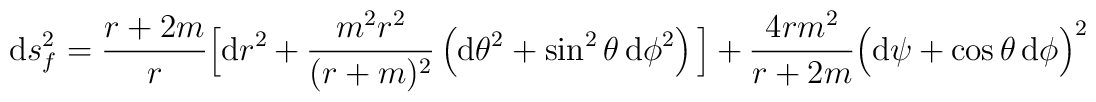
{\rm d}s^2_f =     \frac{r+2m}{r}\Big[ {\rm d}r^2   +\frac{m^2r^2}{(r+m)^2} \left( {\rm d}\theta^2         + \sin^2\theta\,{\rm d}\phi^2 \right) \Big]    + \frac{4rm^2}{r+2m} \Big( {\rm d}\psi + \cos\theta\,{\rm d}\phi\Big)^2